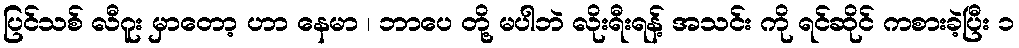
ပြင်သစ် လီဂူး မှာတော့ ဟာ နေမာ ၊ ဘာပေ တို့ မပါဘဲ လိုးရီးရန့် အသင်း ကို ရင်ဆိုင် ကစားခဲ့ပြီး ၁